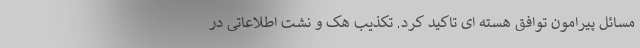
مسائل پیرامون توافق هسته ای تاکید کرد. تکذیب هک و نشت اطلاعاتی در